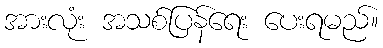
အားလုံး အသစ်ပြန်ရေး ပေးရမည်။